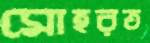
মোহরত